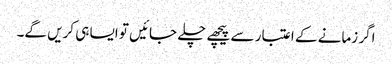
اگر زمانے کے اعتبار سے پیچھے چلے جائیں تو ایسا ہی کریں گے۔